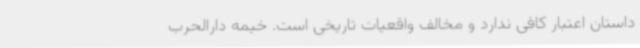
داستان اعتبار کافی ندارد و مخالف واقعیات تاریخی است. خیمه دارالحرب